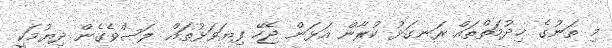
މި ތަނުގެ ޚިދުމަތްތައް ރަނގަޅު ކުރާން އަޅަން ޖެހޭ ފިޔަވަޅުތައް ލަސްވެގެން ދިޔުމަކީ